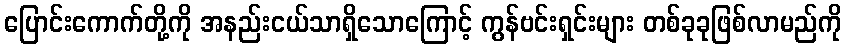
ပြောင်းကောက်တို့ကို အနည်းငယ်သာရှိသောကြောင့် ကွန်ဗင်းရှင်းများ တစ်ခုခုဖြစ်လာမည်ကို